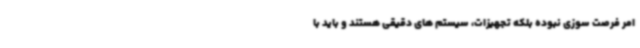
امر فرصت سوزی نبوده بلکه تجهیزات، سیستم های دقیقی هستند و باید با